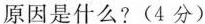
原因是什么?(4分)